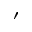
'